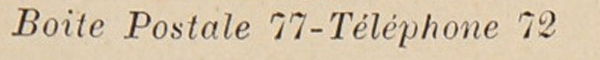
Boite Postale 77-Téléphone 72